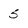
Character: 5